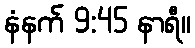
နံနက် 9:45 နာရီ။